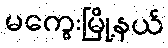
မကွေးမြို့နယ်